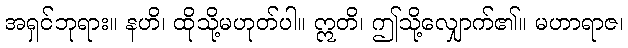
အရှင်ဘုရား။ နဟိ၊ ထိုသို့မဟုတ်ပါ။ ဣတိ၊ ဤသို့လျှောက်၏။ မဟာရာဇ၊